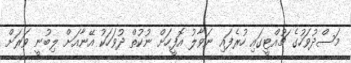
މަސްދުވަހުގެ ޗުއްޓީގައި ހުރެފައި ނަވާލު އޮފީހަށް ނުކުތް ދުވަހަކު އޭނާއަށް ލިބުނީ ވަރަށް